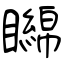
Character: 矊